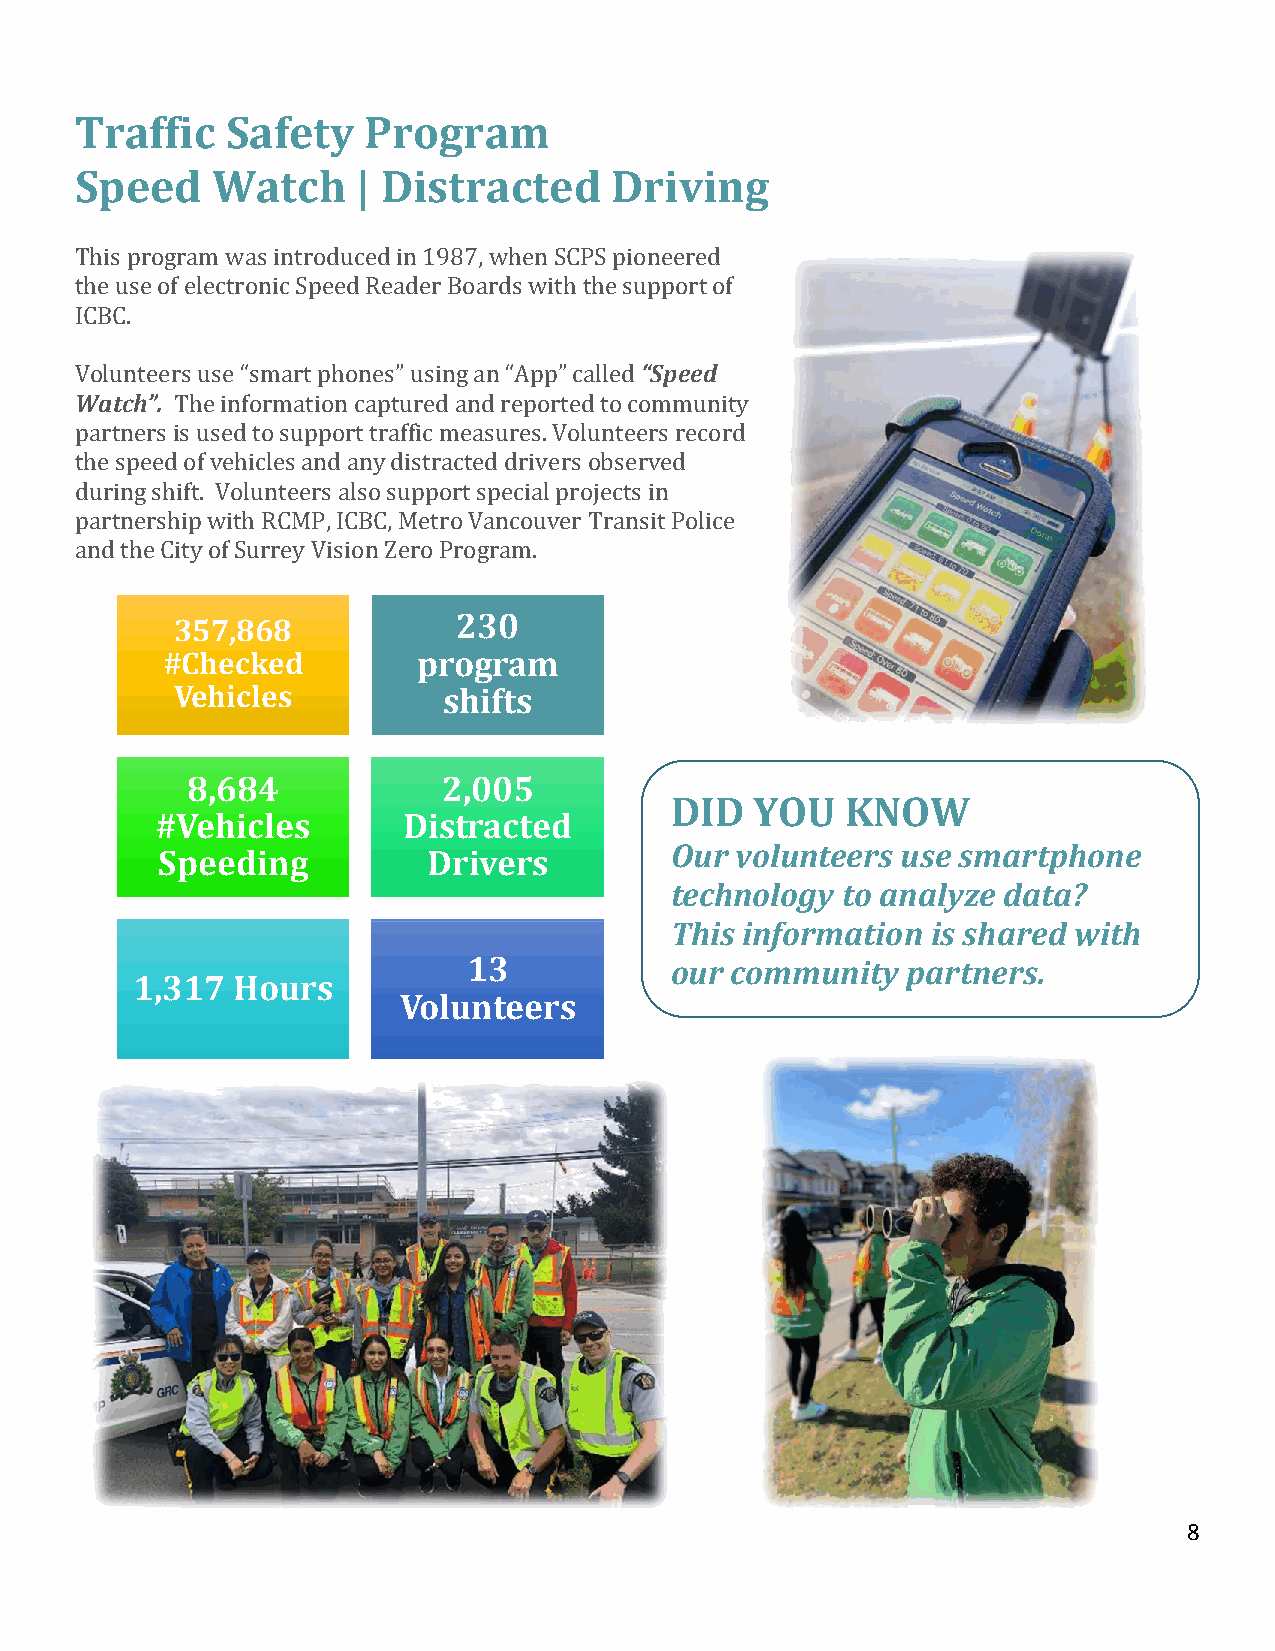
Traffic   Safety   Program
 Speed    Watch     | Distracted    Driving
 This program was introduced in 1987, when SCPS pioneered
 the use of electronic Speed Reader Boards with the support of
 ICBC.
 Volunteers use “smart phones” using an “App” called “Speed
 Watch”. The information captured and reported to community
 partners is used to support traffic measures. Volunteers record
 the speed of vehicles and any distracted drivers observed
 during shift. Volunteers also support special projects in
 partnership with RCMP, ICBC, Metro Vancouver Transit Police
 and the City of Surrey Vision Zero Program.
 230
 357,868
 #Checked         program
 Vehicles         shifts
 8,684            2,005
 DID   YOU   KNOW
 #Vehicles        Distracted
 Our  volunteers use smartphone
 Speeding          Drivers
 technology  to analyze data?
 This information  is shared with
 13           our community   partners.
 1,317 Hours
 Volunteers
 8